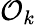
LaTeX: {\mathcal{O}}_{k}